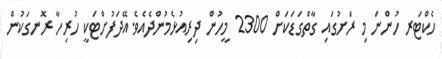
ހެކްޓަރ ހުންނަ މި ރަށުގައި ގާތްގަޑަކަށް 2300 މީހުން ދިރިއުޅެމުންދެއެވެ.އޭދަފުށްޓަކީ ހުރިހާ ރޮނގަކުން